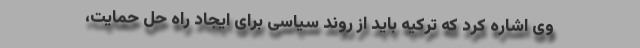
وی اشاره کرد که ترکیه باید از روند سیاسی برای ایجاد راه حل حمایت،